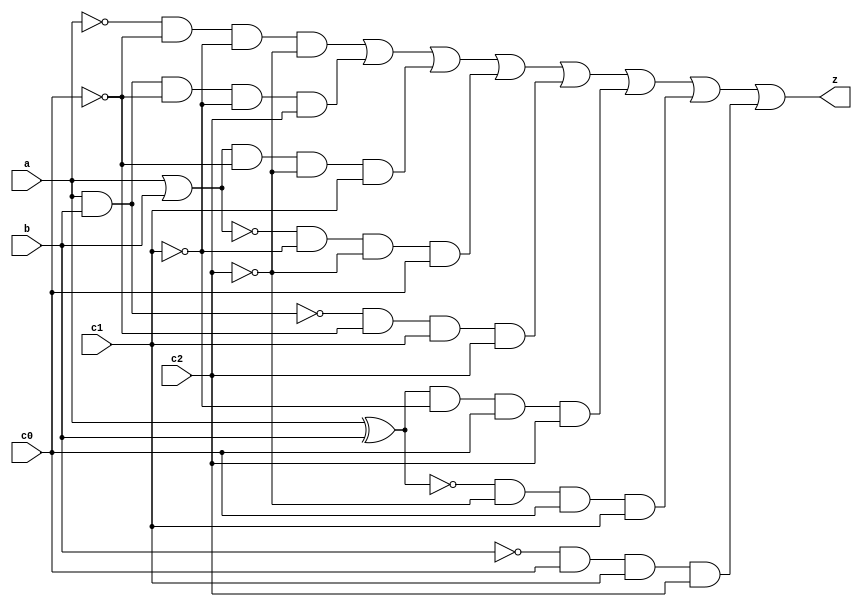
// -------------------------
// Exemplo0035 - LU
// Nome: Breno Macena Pereira de Souza
// -------------------------
// -------------------------
// LU_gate
// -------------------------
module lu (output z, input a, input b, input c0, input c1, input c2);
   wire s0, s1, s2, s3, s4, s5, s6, s7, s8, s9, s10, s11, s12, s13, s14, s15, s16, s17, s18;

   not NOTA (s0, a);
   and AND (s1, a, b);
   or OR (s2, a, b);
   nor NOR (s3, a, b);
   nand NAND (s4, a, b);
   xor XOR (s5, a, b);
   xnor XNOR (s6, a, b);
   not NOTB (s7, b);

   not NOT1 (s8, c0);
   not NOT2 (s9, c1);
   not NOT3 (s10, c2);

   and AND1 (s11, s0, s8, s9, s10);

   and AND2 (s12, s1, s8, s9, c2);
   and AND3 (s13, s2, s8, s10, c1);
   and AND4 (s14, s3, s9, s10, c0);

   and AND5 (s15, s4, s8, c1, c2);
   and AND6 (s16, s5, s9, c0, c2);
   and AND7 (s17, s6, s10, c0, c1);

   and AND8 (s18, s7, c0, c1, c2);

   or OR1 (z, s11, s12, s13, s14, s15, s16, s17, s18);

endmodule

module lu4 (output [3:0] s, input [3:0] a, input [3:0] b, input c0, input c1, input c2);

   lu LU1 (s[0], a[0], b[0], c0, c1, c2);
   lu LU2 (s[1], a[1], b[1], c0, c1, c2);
   lu LU3 (s[2], a[2], b[2], c0, c1, c2);
   lu LU4 (s[3], a[3], b[3], c0, c1, c2);


endmodule

module test_LU;
// ------------------------- definir dados
   reg [3:0] x;
   reg [3:0] y;
   reg c0;
   reg c1;
   reg c2;
   wire [3:0] z;
   lu4 LU (z, x, y, c0, c1, c2);

// ------------------------- parte principal
initial begin
   $display("Exemplo0035 - Breno Macena - 462017");
   $display("Test LU's module");
   x = 4'b0011; y = 4'b0101;

#1 c0 = 0;      c1 = 0;          c2 = 0;

#1 $display("chave = ",c0,c1,c2);
   $display("%3b   %3b = %3b",x,y,z);

#1 c0 = 0;      c1 = 0;          c2 = 1;

#1 $display("chave = ",c0,c1,c2);
   $display("%3b   %3b = %3b",x,y,z);

#1 c0 = 0;      c1 = 1;         c2 = 0;

#1 $display("chave = ",c0,c1,c2);
   $display("%3b   %3b = %3b",x,y,z);

#1 c0 = 0;      c1 = 1;         c2 = 1;

#1 $display("chave = ",c0,c1,c2);
   $display("%3b   %3b = %3b",x,y,z);

#1 c0 = 1;      c1 = 0;          c2 = 0;

#1 $display("chave = ",c0,c1,c2);
   $display("%3b   %3b = %3b",x,y,z);

#1 c0 = 1;      c1 = 0;          c2 = 1;

#1 $display("chave = ",c0,c1,c2);
   $display("%3b   %3b = %3b",x,y,z);

#1 c0 = 1;      c1 = 1;         c2 = 0;

#1 $display("chave = ",c0,c1,c2);
   $display("%3b   %3b = %3b",x,y,z);

#1 c0 = 1;      c1 = 1;         c2 = 1;

#1 $display("chave = ",c0,c1,c2);
   $display("%3b   %3b = %3b",x,y,z);
end
endmodule // test_LU